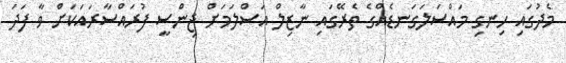
މެދުގައި ހިނގި މައްސަލަގަނޑެއްގެ ތެރޭގައި ނާޒިލް އަސްލަމަށް ޖިންސީ ފުރައްސާރައަކަށް ވާ ފަދަ